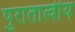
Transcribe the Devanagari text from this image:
पुरातात्वीय